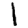
Digit: 1